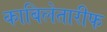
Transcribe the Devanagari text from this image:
काबिलेतारीफ